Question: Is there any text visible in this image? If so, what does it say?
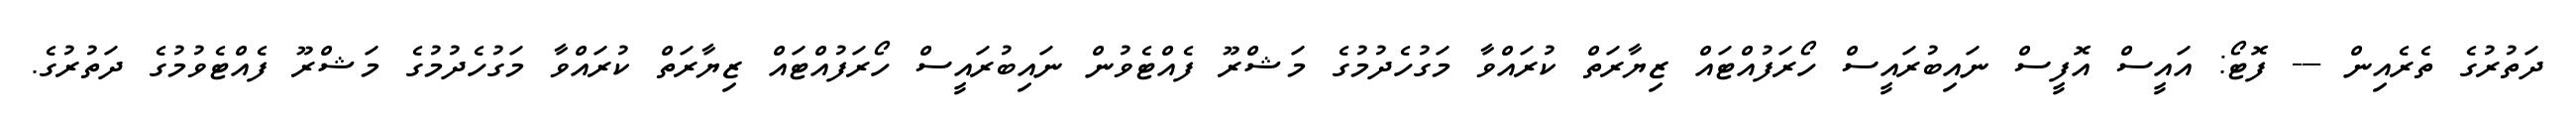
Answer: ދަތުރުގެ ތެރެއިން --- ފޮޓޯ: އައީސް އޮފީސް ނައިބުރައީސް ހޯރަފުއްޓައް ޒިޔާރަތް ކުރައްވާ މަގުހެދުމުގެ މަޝްރޫ ފެއްޓެވުން ނައިބުރައީސް ހޯރަފުއްޓައް ޒިޔާރަތް ކުރައްވާ މަގުހެދުމުގެ މަޝްރޫ ފެއްޓެވުމުގެ ދަތުރުގެ.